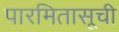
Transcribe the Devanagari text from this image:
पारमितासूची